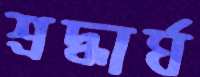
শ্রদ্ধার্ঘ